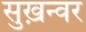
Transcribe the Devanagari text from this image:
सुख़न्वर